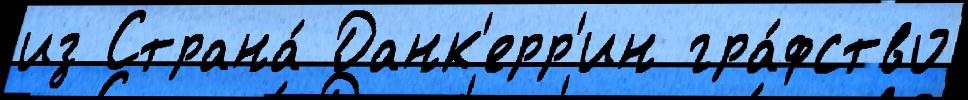
из Страна́ Данк'ерр'ин гра́фство